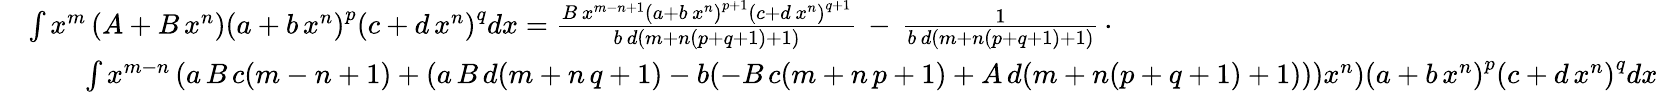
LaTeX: {\begin{array}{rl}&{\int x^{m}\left(A+B\, x^{n}\right)\left(a+b\, x^{n}\right)^{p}\left(c+d\, x^{n}\right)^{q}dx={\frac{B\, x^{m-n+1}\left(a+b\, x^{n}\right)^{p+1}\left(c+d\, x^{n}\right)^{q+1}}{b\, d(m+n(p+q+1)+1)}}\, -\, {\frac{1}{b\, d(m+n(p+q+1)+1)}}\, \cdot}\\ &{\qquad\int x^{m-n}\left(a\, B\, c(m-n+1)+(a\, B\, d(m+n\, q+1)-b(-B\, c(m+n\, p+1)+A\, d(m+n(p+q+1)+1)))x^{n}\right)\left(a+b\, x^{n}\right)^{p}\left(c+d\, x^{n}\right)^{q}dx}\end{array}}